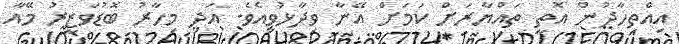
އިއްތިހާދުން އޮތީ ތައްޔާރަށް ކަމަށް އޭނާ ވިދާޅުވިއެވެ. އަދި މިހާރު ބޮޑުވަޒީރު މޭއާ